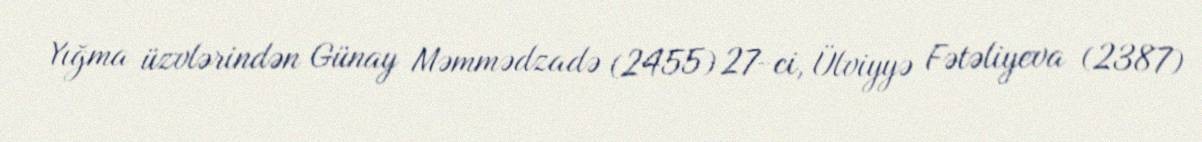
Yığma üzvlərindən Günay Məmmədzadə (2455) 27-ci, Ülviyyə Fətəliyeva (2387)